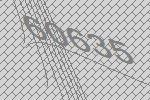
60635